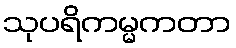
သုပရိကမ္မကတာ